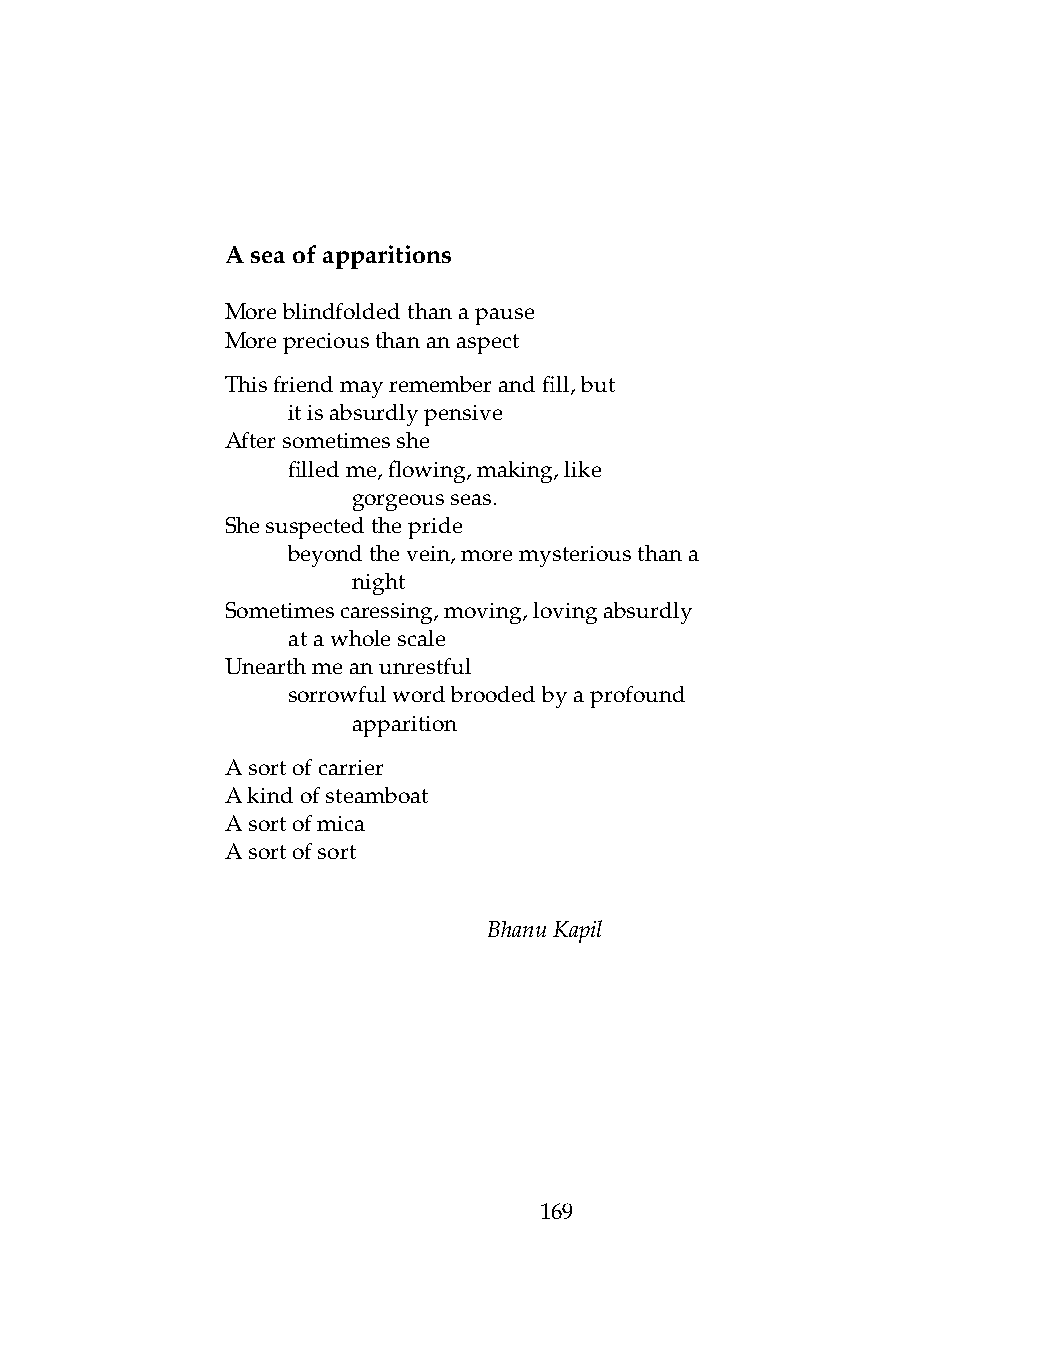
Aseaofapparitions
 Moreblindfoldedthanapause
 Morepreciousthananaspect
 Thisfriendmayrememberandfill,but
 .   itisabsurdlypensive
 Aftersometimesshe
 .   filledme,flowing,making,like
 .   .   gorgeousseas.
 Shesuspectedthepride
 .   beyondthevein,moremysteriousthana
 .   .   night
 Sometimescaressing,moving,lovingabsurdly
 .   atawholescale
 Unearthmeanunrestful
 .   sorrowfulwordbroodedbyaprofound
 .   .   apparition
 Asortofcarrier
 Akindofsteamboat
 Asortofmica
 Asortofsort
 BhanuKapil
 169